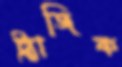
ট্র্যাজিক